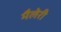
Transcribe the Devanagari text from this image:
मैलेरी